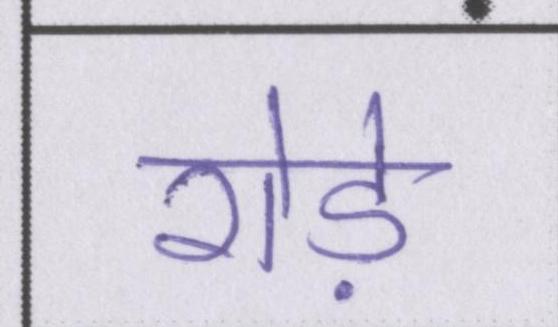
रोड़े